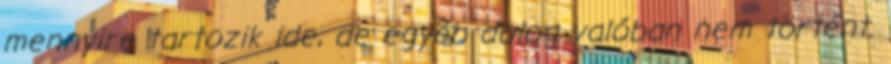
mennyire tartozik ide, de egyéb dolog valóban nem történt.